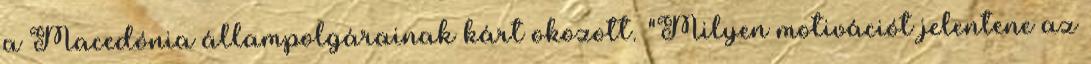
a Macedónia állampolgárainak kárt okozott. "Milyen motivációt jelentene az